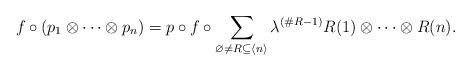
LaTeX: \begin{gather*}f \circ (p_1\otimes \dots \otimes p_n) = p\circ f \circ \sum_{\varnothing \neq R\subseteq \langle n \rangle}{\lambda^{(\#R-1)}R(1)\otimes \dots \otimes R(n)} .\end{gather*}